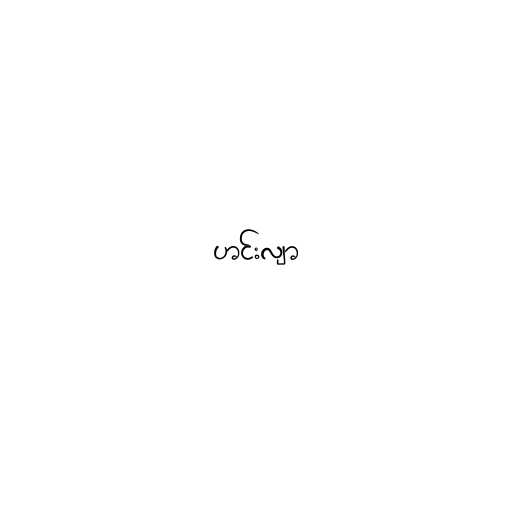
ဟင်းလျာ